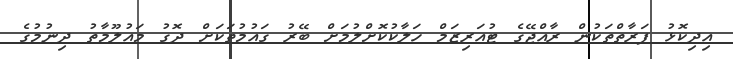
އިދިކޮޅު ފަރާތްތަކުން ރާއްޖޭގެ ޓުއަރިޒަމް ހަލާކުކޮށްލުމަށް ބޭރު ގައުމުތަކަށް ދޮގު މައުލޫމާތު ދިނުމުގެ